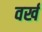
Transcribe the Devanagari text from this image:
वर्ख